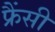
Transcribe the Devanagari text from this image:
फ्रैंसी